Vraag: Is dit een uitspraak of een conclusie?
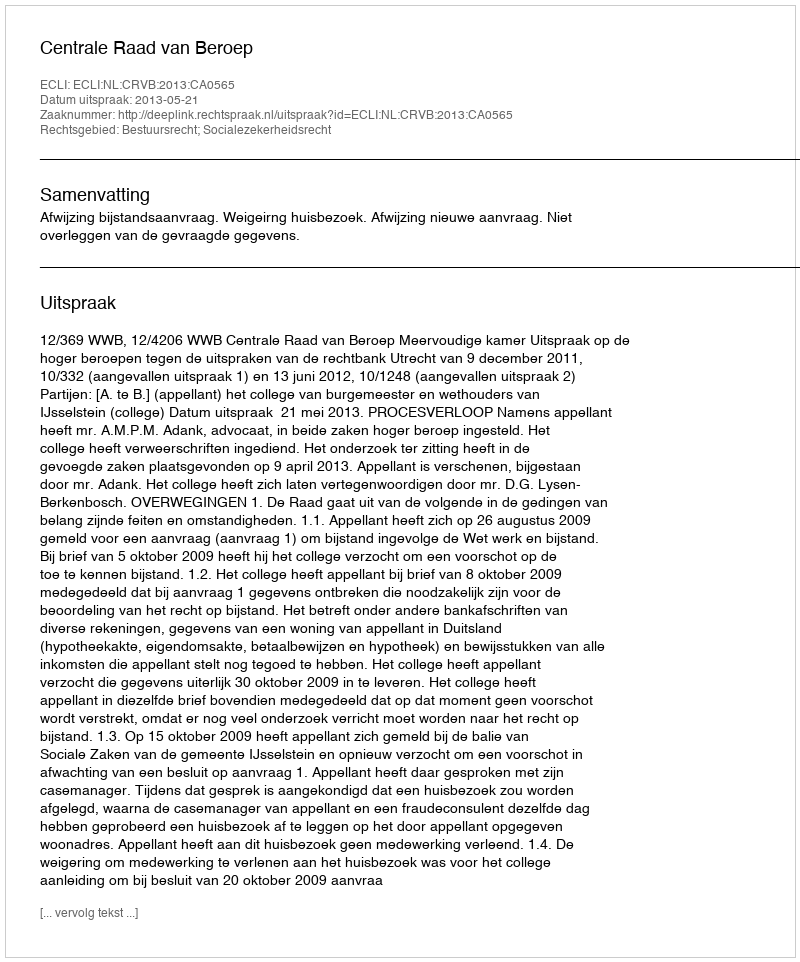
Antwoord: Uitspraak